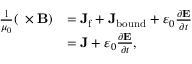
{ \begin{array} { r l } { { \frac { 1 } { \mu _ { 0 } } } ( \mathbf { \nabla } \times \mathbf { B } ) } & { = \mathbf { J } _ { \mathrm { f } } + \mathbf { J } _ { \mathrm { b o u n d } } + \varepsilon _ { 0 } { \frac { \partial \mathbf { E } } { \partial t } } } \\ & { = \mathbf { J } + \varepsilon _ { 0 } { \frac { \partial \mathbf { E } } { \partial t } } , } \end{array} }